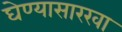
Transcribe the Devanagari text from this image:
घेण्यासारखा